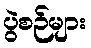
ပွဲစဉ်များ